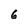
Character: 6